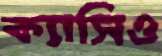
ক্যাসিও